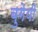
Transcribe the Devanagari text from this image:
बुगेयी